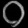
Digit: ၀